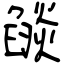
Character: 燄